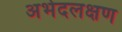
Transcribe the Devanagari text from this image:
अभेदलक्षण